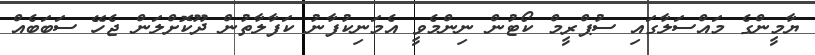
ޔާމީންގެ މައްސަލާގައި ސުޕްރީމް ކޯޓުން ނިންމެވީ އެމަނިކުފާނު ކަފާލާތުން ދޫކޮށްލަން ޖެހޭ ސަބަބެއް